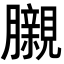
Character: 𮍊